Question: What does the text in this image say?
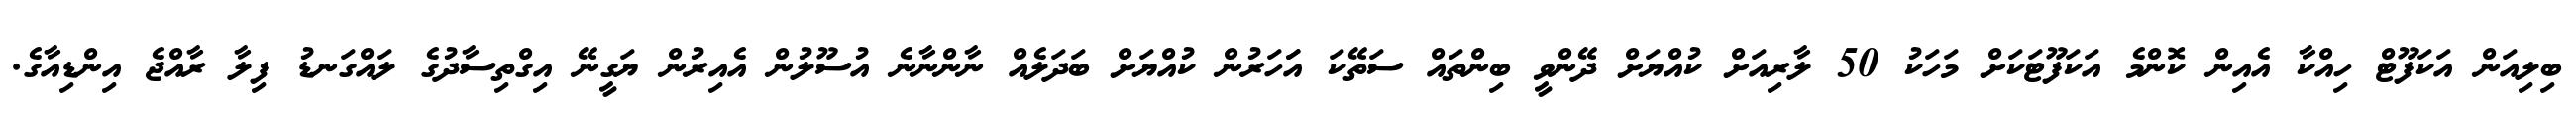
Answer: ބިލިއަން އަކަފޫޓް ހިއްކާ އެއިން ކޮންމެ އަކަފޫޓަކަށް މަހަކު 50 ލާރިއަށް ކުއްޔަށް ދޭންވީ ބިންތައް ސަތޭކަ އަަހަރުން ކުއްޔަށް ބަދަލެއް ނާންނާނެ އުސޫލުން އެއިރުން ޔަގީނޭ އިގްތިސާދުގެ ލައްގަނޑު ފިލާ ރާއްޖެ އިންޑިއާގެ.